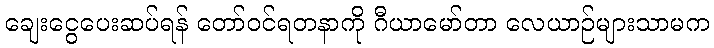
ချေးငွေပေးဆပ်ရန် တော်ဝင်ရတနာကို ဂီယာမော်တာ လေယာဉ်များသာမက